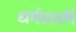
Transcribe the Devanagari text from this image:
धर्मसावर्णि